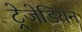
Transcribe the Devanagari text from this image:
ट्रेजेडियन